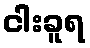
ငါးခူရ